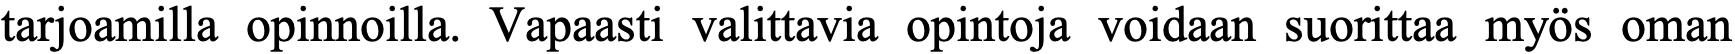
tarjoamilla opinnoilla. Vapaasti valittavia opintoja voidaan suorittaa myös oman